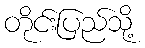
တိုင်းပြည်သို့